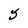
Character: 5